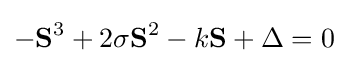
-\mathbf {S} ^{3}+2\sigma \mathbf {S} ^{2}-k\mathbf {S} +\Delta =0